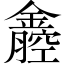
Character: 𨭒